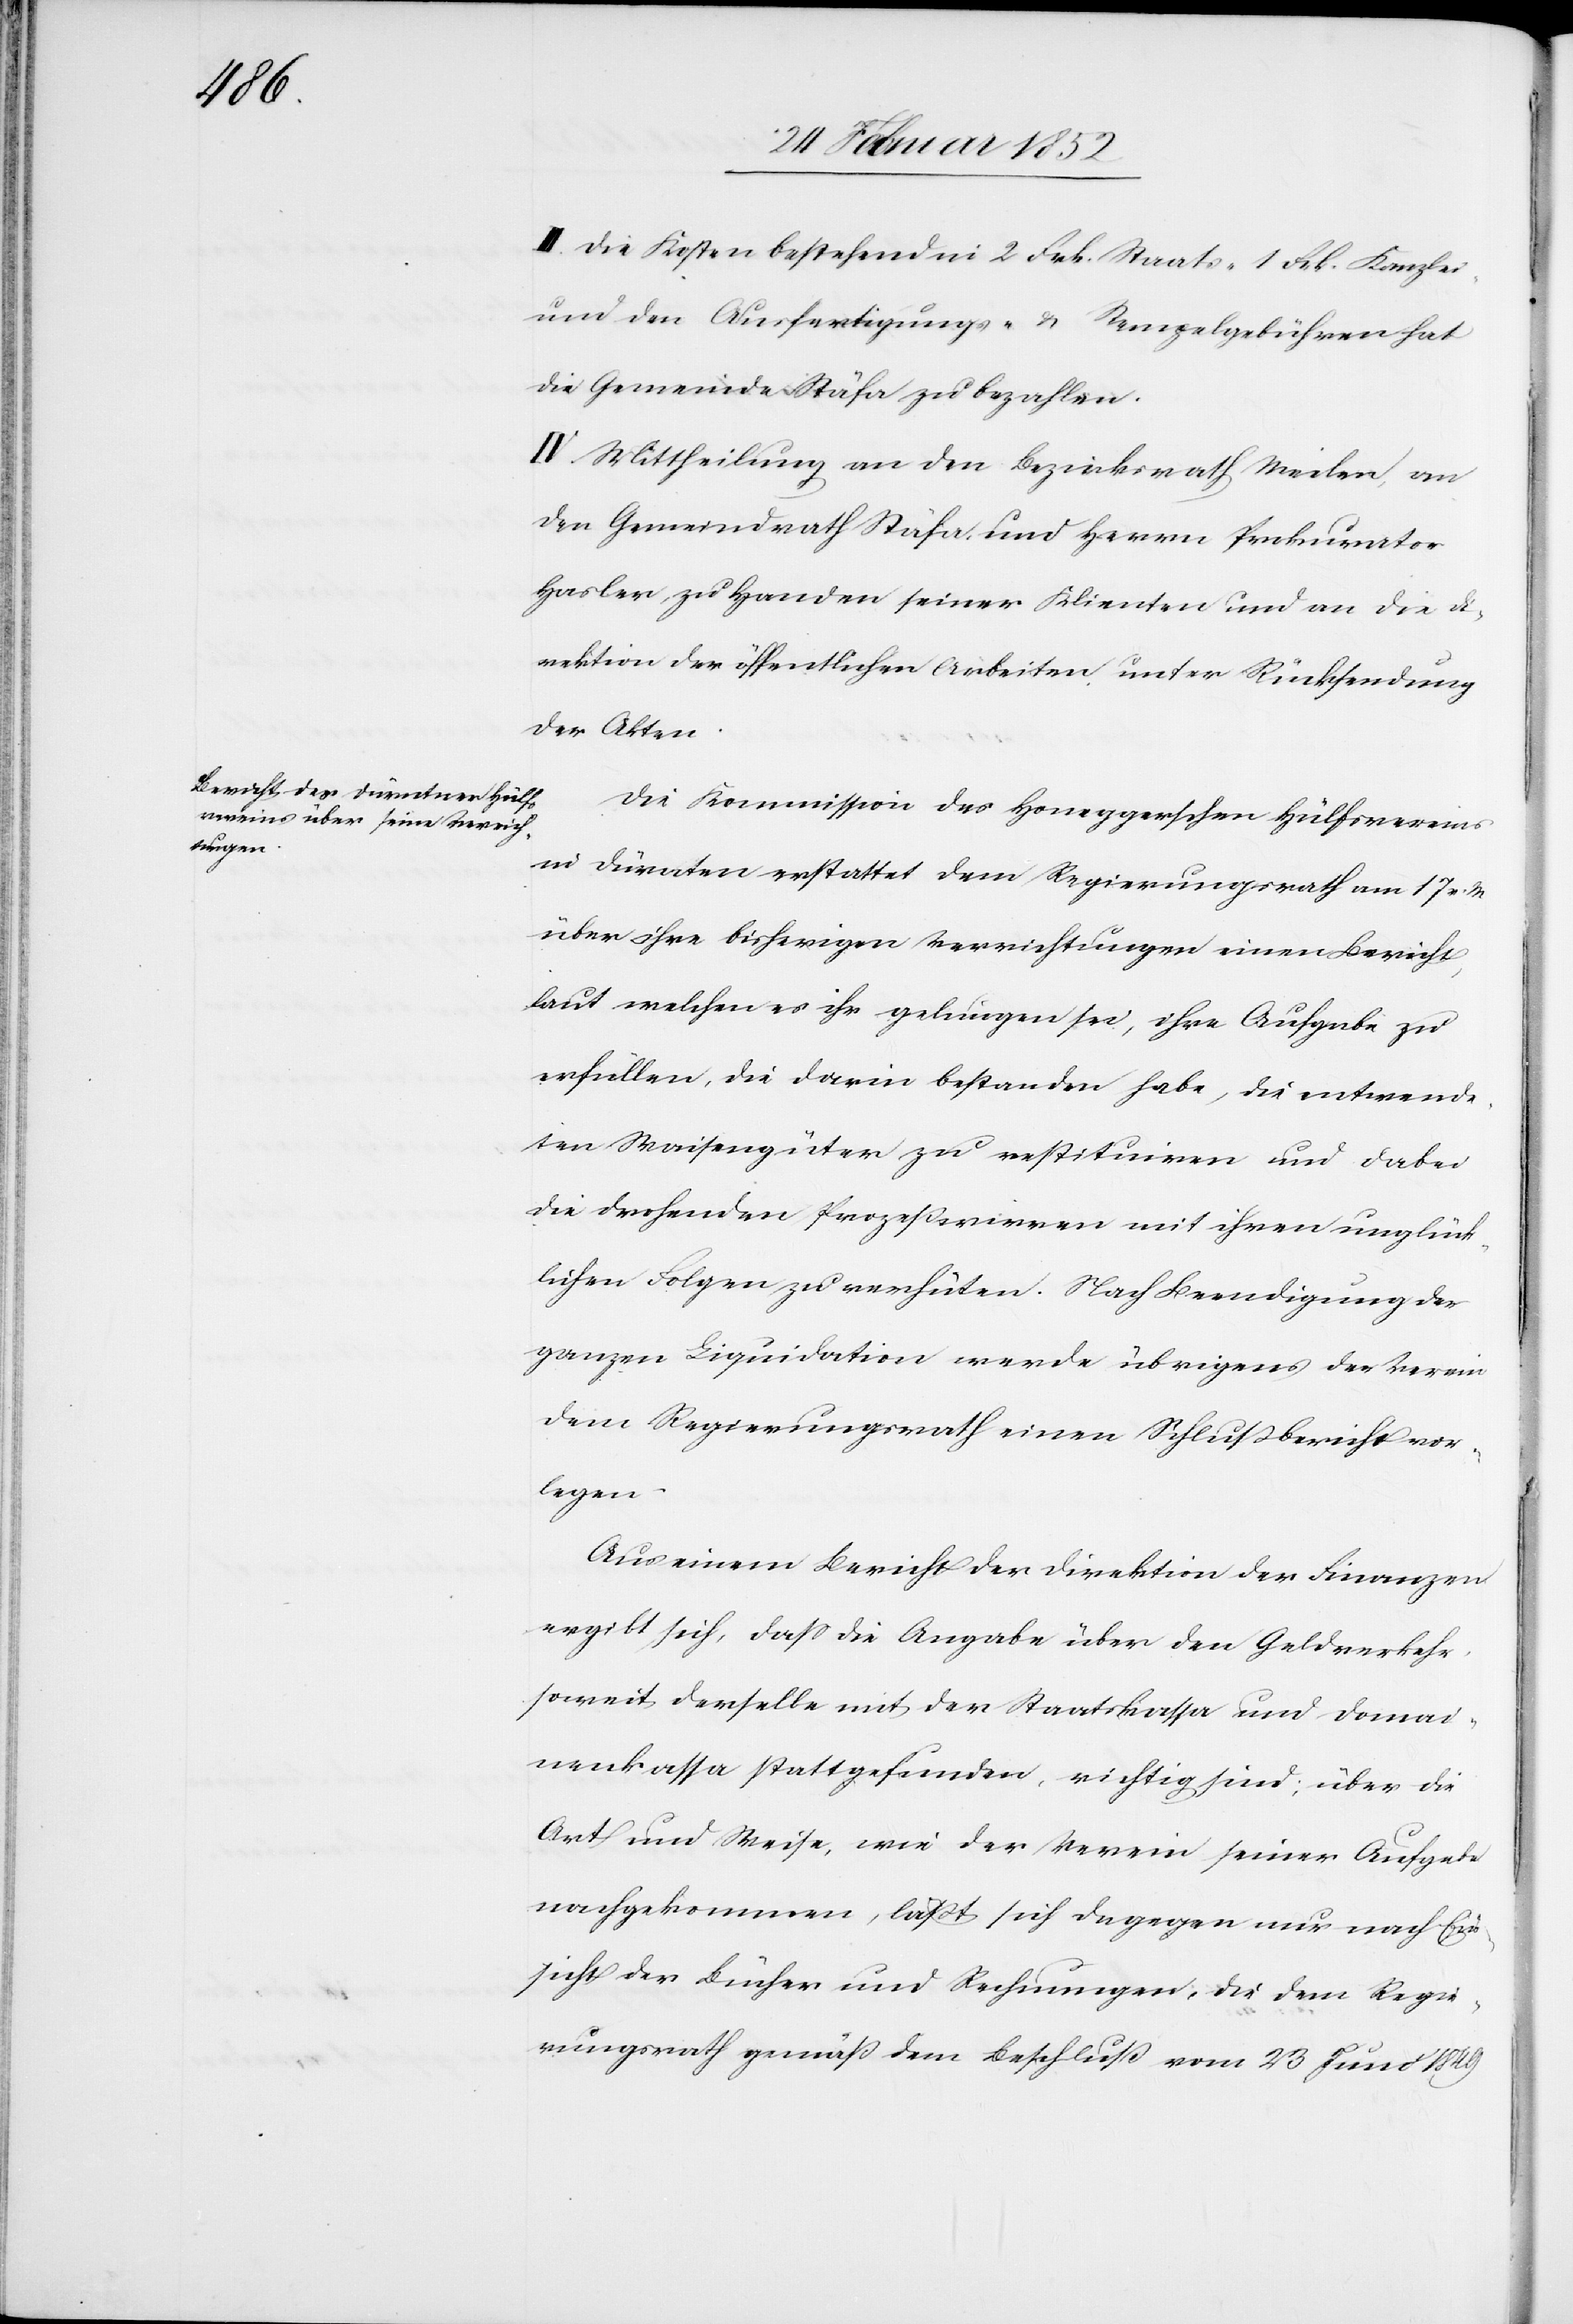
III. Die Kosten bestehend in 2 Frk. Staats- 1 Frk. Kanzlei-
und den Ausfertigungs- u. Stempelgebühren hat
die Gemeinde Stäfa zu bezahlen.
IV. Mittheilung an den Bezirksrath Meilen an
den Gemeindrath Stäfa und Herren Prokurator
Hasler, zu Handen seiner Klienten und an die Di¬
rektion der öffentlichen Arbeiten unter Rückforderung
der Akten.
Die Kommission des Honeggerschen Hülfsvereins
in Dürnten erstattet dem Regierungsrath am 17 v. M.
über ihre bisherigen Verrichtungen einen Bericht,
laut welchem es ihr gelungen sei, ihre Aufgabe zu
erfüllen, die darin bestanden habe, die entwende¬
ten Waisengüter zu restituiren und dabei
die drohenden Prozeßwirren mit ihren unglück¬
lichen Folgen zu verhüten. Nach Beendigung der
ganzen Liquidation werde übrigens der Verein
dem Regierungsrath einen Schlußbericht vor¬
legen.
Aus einem Bericht der Direktion der Finanzen
ergibt sich, daß die Angabe über den Geldverkehr,
soweit derselbe mit der Staatskasse und Domai¬
nenkasse stattgefunden, richtig sind; über die
Art und Weise, wie der Verein seiner Aufgabe
nachgekommen, läßt sich dagegen nur nach Ein¬
sicht der Bücher und Rechnungen, die dem Regie¬
rungsrath gemäß dem Beschluß vom 23 Juni 1849